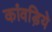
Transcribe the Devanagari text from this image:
कांवड़िये